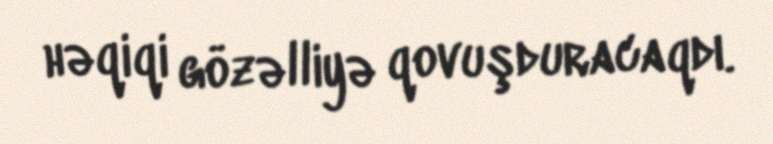
həqiqi gözəlliyə qovuşduracaqdı.